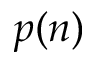
p ( n )